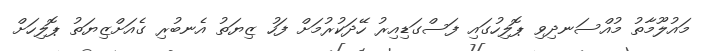
މައުލޫމާތު މުއްސަނދިވި ޕޮލިހުގައި ފަސްގަޑިއިރު ހޭދަކުރުމަށް ފަހު ޒިޔަތު އެނބުރި ގެއަށްޒިޔަތުު ޕޮލިހަށް